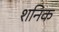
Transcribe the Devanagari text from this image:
शनिक